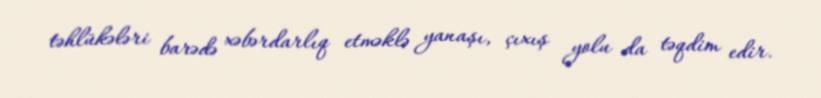
təhlükələri barədə xəbərdarlıq etməklə yanaşı, çıxış yolu da təqdim edir.